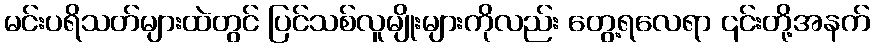
မင်းပရိသတ်များထဲတွင် ပြင်သစ်လူမျိုးများကိုလည်း တွေ့ရလေရာ ၎င်းတို့အနက်